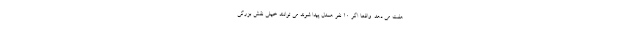
هفت می دهد. واقعا اگر 10 نفر همدل پیدا شوند می توانند خیلی نقش بزرگی